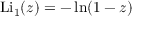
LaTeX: \operatorname { L i } _ { 1 } ( z ) = - \ln ( 1 - z )